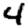
Digit: 4